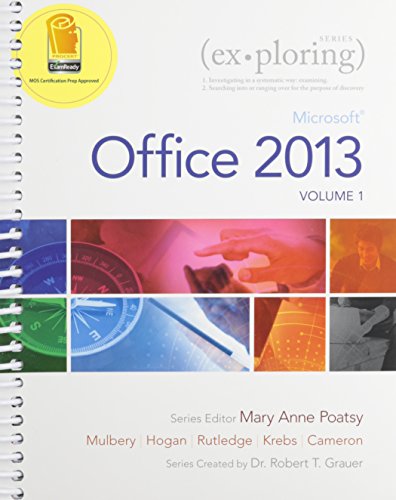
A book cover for Exploring Microsoft Office 2013, Volume 1 & MyITLab with Pearson eText -- Access Card -- for Exploring with Office 2013 Package; MaryAnne Poatsy; Computers & Technology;